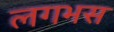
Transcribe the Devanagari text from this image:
लगभस